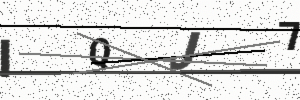
Text: IQJ7